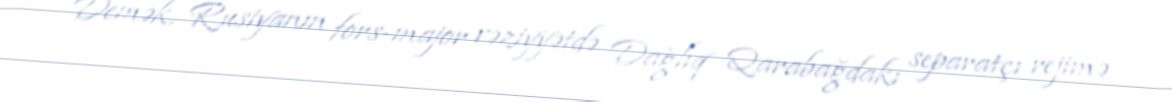
Demək, Rusiyanın fors-major vəziyyətdə Dağlıq Qarabağdakı separatçı rejimə